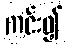
ကင်း၍